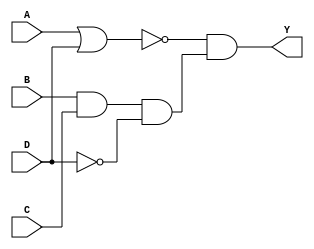
`timescale 10 ns / 1 ns

module comb_behavior(output Y, input A, B, C, D);

reg buffer;
always @(*)
	buffer = ~(A | D) & (B & C & (~D));

assign Y = buffer;

endmodule